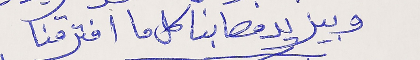
وبيزيد مصابنا كل ما افترقنا